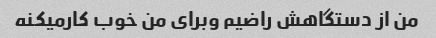
من از دستگاهش راضیم وبرای من خوب کارمیکنه